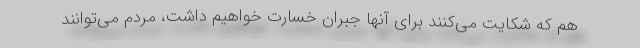
هم که شکایت می‌کنند برای آنها جبران خسارت خواهیم داشت، مردم می‌توانند